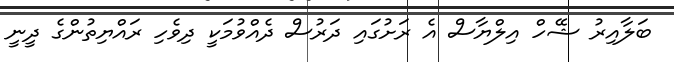
ބަލާއިރު ޝޭހް އިލްޔާސް އެ ރަށުގައި ދަރުސް ދެއްވުމަކީ ދިވެހި ރައްޔިތުންގެ ދީނީ